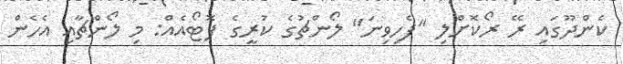
ކެންދޫގައި ރޭ ރޯކޮށްލި "ފެހިވިނަ" ލޯންޗުގެ ކުރީގެ ފޮޓޯއެއް: މި ލޯންޗާއި އެހެން